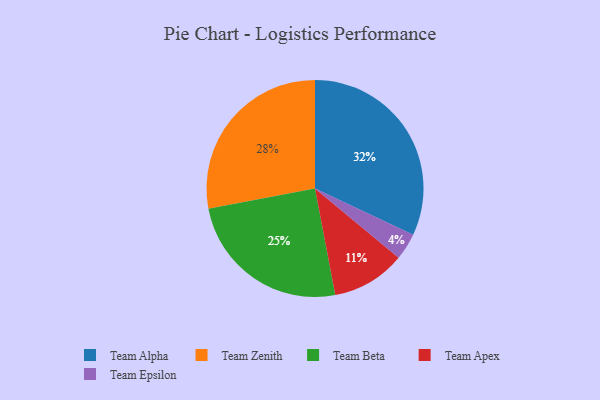
{"axis": {"x": "Category", "y": "Percentage"}, "legend": ["Team Alpha", "Team Apex", "Team Beta", "Team Epsilon", "Team Zenith"], "data": [{"x": "Team Alpha", "y": 32, "type": "Team Alpha"}, {"x": "Team Apex", "y": 11, "type": "Team Apex"}, {"x": "Team Epsilon", "y": 4, "type": "Team Epsilon"}, {"x": "Team Zenith", "y": 28, "type": "Team Zenith"}, {"x": "Team Beta", "y": 25, "type": "Team Beta"}]}